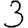
Digit: 3